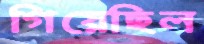
গিয়েছিল